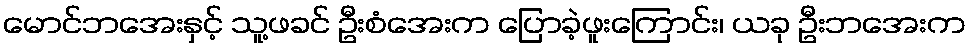
မောင်ဘအေးနှင့် သူ့ဖခင် ဦးစံအေးက ပြောခဲ့ဖူးကြောင်း၊ ယခု ဦးဘအေးက